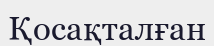
Қосақталған